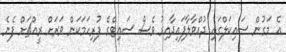
އެ މަގުން ސައިކަލްގައި ދުއްވާލާފައިދާއިރު ވެސް ސައިޓްގެ ފުރިހަމަކަން ވަރަށް ރީއްޗަށް ފެނެ